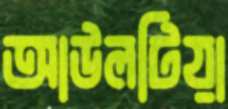
আউলটিয়া